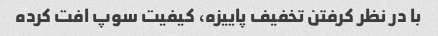
با در نظر کرفتن تخفیف پاییزه، کیفیت سوپ افت کرده